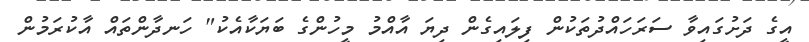
އީގެ ދަށުގައިވާ ސަރަހައްދުތަކުން ފިލައިގެން ދިޔަ އާއްމު މީހުންގެ ބަޔަކާއެކު" ހަނދާންތައް އާކުރަމުން